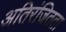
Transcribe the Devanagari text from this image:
अतिरंजितता